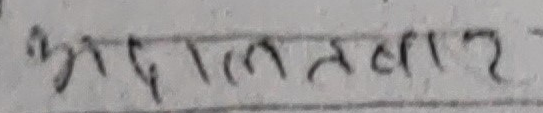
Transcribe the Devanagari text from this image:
भ्रान्त विचार